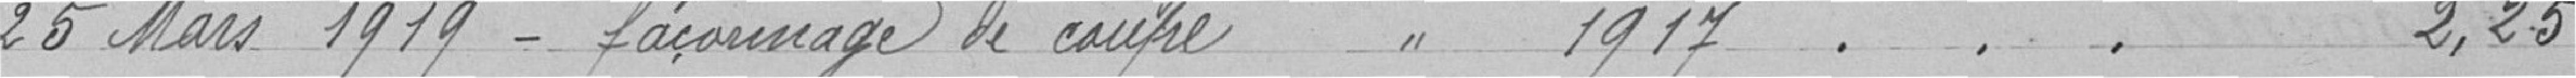
20 Mars 1919-façonnage de coupe    //  1917 . . . .                                                                       2.25